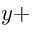
y +